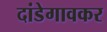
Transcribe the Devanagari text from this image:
दांडेगावकर